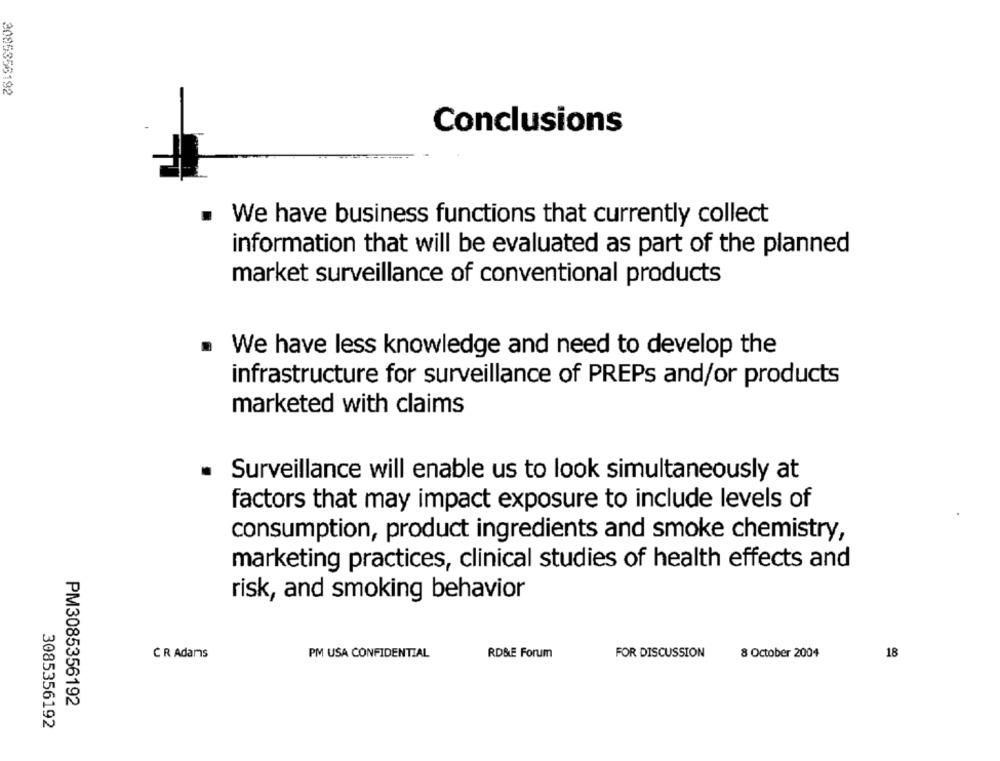
3085356192
Conclusions
We have business functions that currently collect
information that will be evaluated as part of the planned
market surveillance of conventional products
We have less knowledge and need to develop the
infrastructure for surveillance of PREPs and/or products
marketed with claims
Surveillance will enable us to look simultaneously at
factors that may impact exposure to include levels of
consumption, product ingredients and smoke chemistry,
marketing practices, clinical studies of health effects and
risk, and smoking behavior
CR Adams
PM USA CONFIDENTIAL
RD&E Forum
FOR DISCUSSION
8 October 2004
18
PM3085356192
3085356192